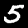
Label: 5